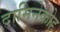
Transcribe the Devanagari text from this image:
दामिनेकोह